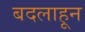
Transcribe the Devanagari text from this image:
बदलाहून